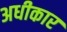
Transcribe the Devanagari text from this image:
अधीकार